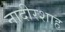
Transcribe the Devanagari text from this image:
नादीरशाह